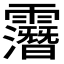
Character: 𲊏